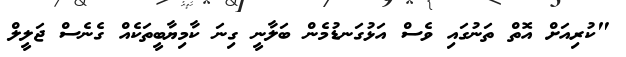
"ކުރިއަށް އޮތް ތަނުގައި ވެސް އަޅުގަނޑުމެން ބަލާނީ ގިނަ ކާމިޔާބީތަކެއް ގެނެސް ޖަލީލް